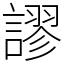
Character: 謬